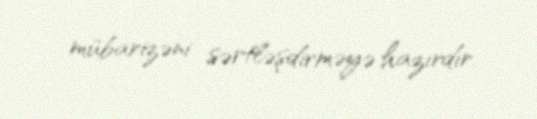
mübarizəni sərtləşdirməyə hazırdır.